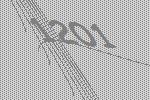
1201